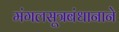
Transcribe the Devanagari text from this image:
मंगलसूत्रबंधानाने